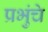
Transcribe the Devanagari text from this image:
प्रभुंचे